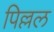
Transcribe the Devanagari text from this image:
पिल्लल